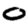
Digit: 0